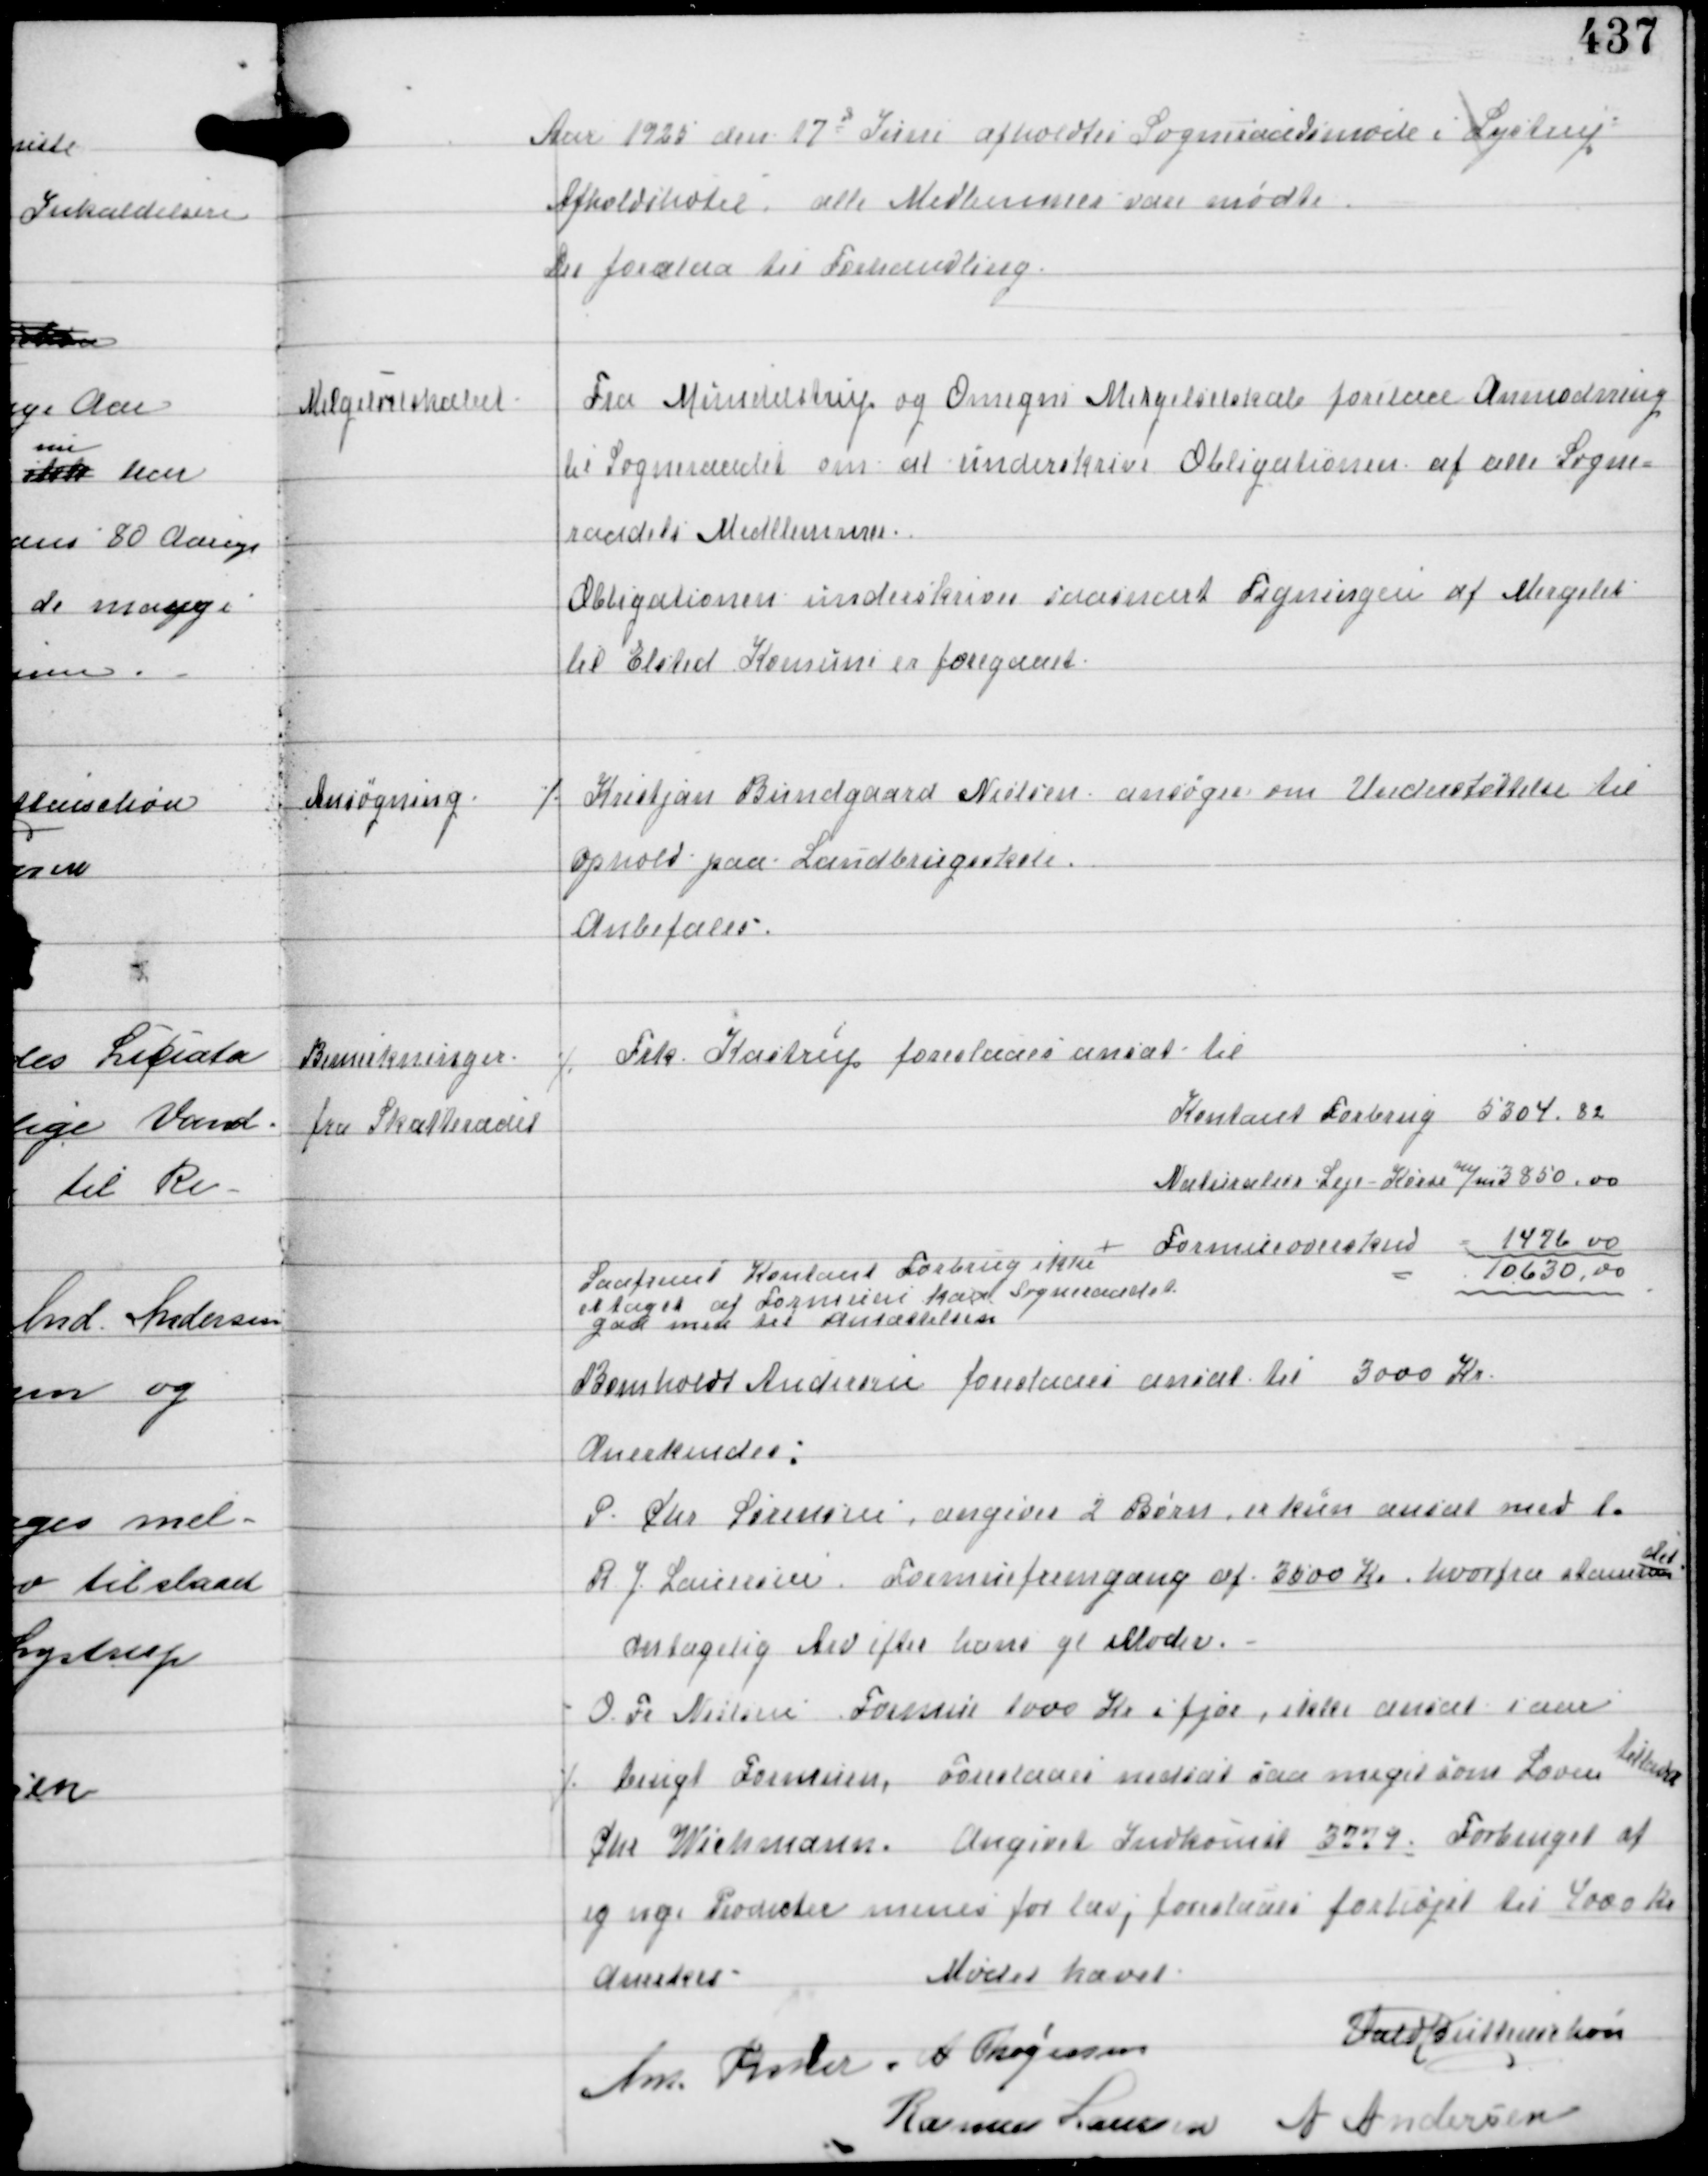
Transskription:
Aar 1925 den 17d Juni afholdtes Sogneraadsmøde i Lystrup
Afholdshotel, alle Medlemmer vare mødte.
Der forelaa til Behandling.

Mergelselskabet

Fra Mundelstrup og Omegn Mergelselskab forelaa Anmodning
til Sogneraadet om at underskrive Obligationen af alle Sogne-
raadets Medlemmer.
Obligationen underskrives saasnart Tegningen af Mergelet
til Elsted Komune er foregaaet.

Ansøgning.

⁒ Kristjan Bundgaard Nielsen ansøger om Understøttelse til
ophold paa Landbrugsskole.
Anbefales.

Bemærkninger
fra Skatteraadet

⁒ Frk Kastrup foreslaaes ansat til

Kontant Forbrug 5304,82
Naturalier Leje - Korn m/m 3850,00
Formueoverskud = 1476,00
= 10630,00

+
Saafremt Kontant Forbrug ikke
er taget af Formuen kan Sogneraadet
gaa med til Ansættelsen.

Bomholdt Andersen foreslaas ansat til 3000 Kr
Anerkendes.
P. Chr Sørensen, angiver 2 Børn, er kun ansat med to
R J Lauersen Formuefremgang af 3500 Kr hvorfra stammer
det.
antagelig Arv efter hans gl Moder.
O Fr Nielsens Formue 1000 Kr i fjor, ikke ansat i aar
⁒ brugt Formuen Foreslaas nedsat saa meget som Loven
tillader
Chr Wiehmann angivet Indkomst 3779. Forbruget af
eg nye Produkter menes for lav, foreslaas forhøjet til 4000 Kr

Anerkes

Mødet hævet.

Vald Buttenschøn
Ant Fisker A Thøgersen
Rasmus Laursen A Andersen